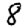
Digit: 8